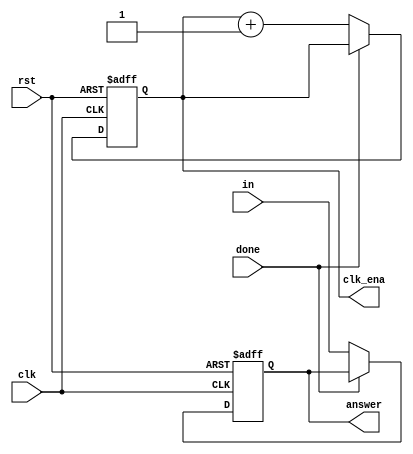
`timescale 1ns / 1ns
//////////////////////////////////////////////////////////////////////////////////
// Company: 
// Engineer: 
// 
// Design Name: 
// Module Name: register
// Project Name: 
// Target Devices: 
// Tool Versions: 
// Description: 
// 
// Dependencies: 
// 
// Revision:
// Revision 0.01 - File Created
// Additional Comments:
// 
//////////////////////////////////////////////////////////////////////////////////


module register(
 output reg [15:0] answer,
 output reg [2:0]clk_ena,
 input [15:0] in,
 input clk,done,rst
    );
always @ (posedge clk or negedge rst)
 begin
  if(rst==0)
   begin
   answer <= 16'b0;
   clk_ena <= 3'd0;
   end
  else if(done==1'b0) 
   begin
   answer <= in;
   clk_ena <= clk_ena + 3'd1;
   end
  else
   answer <= answer;
 end

endmodule